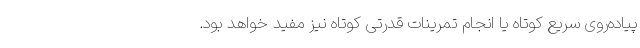
پیاده‌روی سریع کوتاه یا انجام تمرینات قدرتی کوتاه نیز مفید خواهد بود.